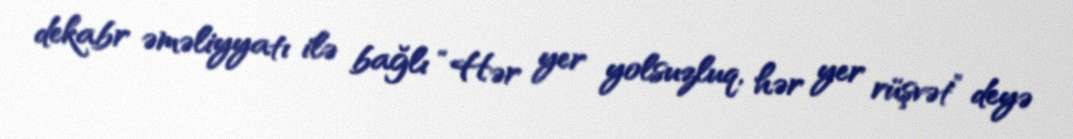
dekabr əməliyyatı ilə bağlı “Hər yer yolsuzluq, hər yer rüşvət” deyə